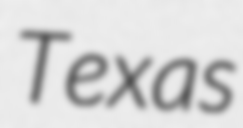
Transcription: Texas